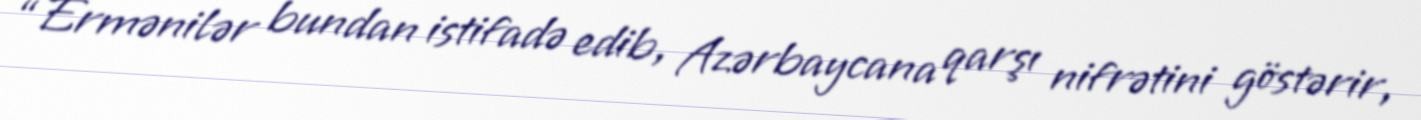
“Ermənilər bundan istifadə edib, Azərbaycana qarşı nifrətini göstərir,